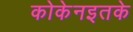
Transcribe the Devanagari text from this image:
कोकेनइतके